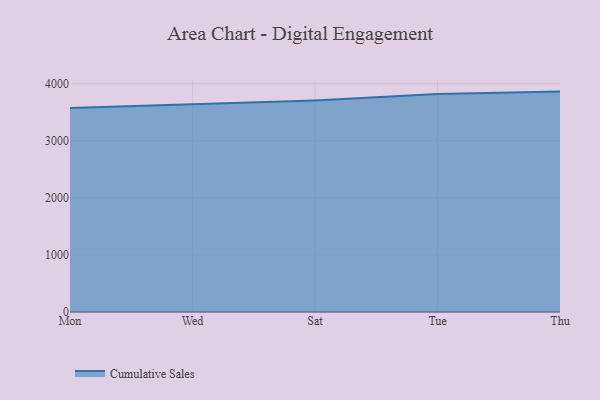
{"axis": {"x": "Day", "y": "Bounce Rate (%)"}, "legend": ["Cumulative Sales"], "data": [{"x": "Mon", "y": 3572.9, "type": "Cumulative Sales"}, {"x": "Wed", "y": 3645.7, "type": "Cumulative Sales"}, {"x": "Sat", "y": 3706.0, "type": "Cumulative Sales"}, {"x": "Tue", "y": 3817.1, "type": "Cumulative Sales"}, {"x": "Thu", "y": 3859.7, "type": "Cumulative Sales"}]}